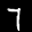
Label: 7